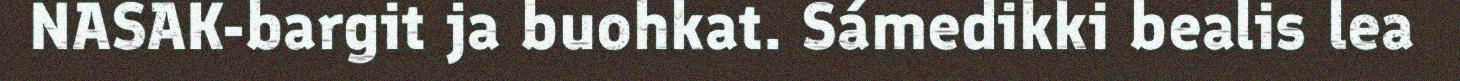
NASAK-bargit ja buohkat. Sámedikki bealis lea